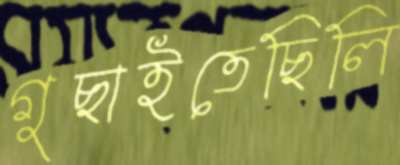
গুছাইতেছিলি